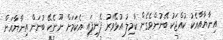
އިނާޔާއާއެކު ކުއްޖަކު ބޭނުންވެގެން ކާމިލު އުޅޭވަރު ފެނިފައި އެކަމަށް ނޫނެކޭ ބުނަން އިނާޔާއަށް